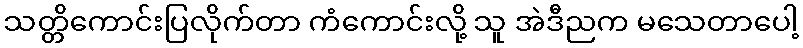
သတ္တိကောင်းပြလိုက်တာ ကံကောင်းလို့ သူ အဲဒီညက မသေတာပေါ့